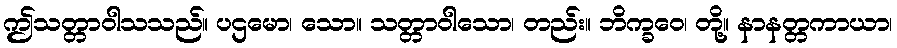
ဤသတ္တာဝါသသည်။ ပဌမော၊ သော။ သတ္တာဝါသော၊ တည်း။ ဘိက္ခဝေ၊ တို့။ နာနတ္တကာယာ၊